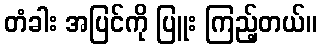
တံခါး အပြင်ကို ပြူး ကြည့်တယ်။